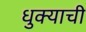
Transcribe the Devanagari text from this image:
धुक्याची